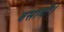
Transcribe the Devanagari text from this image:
बसायौ।